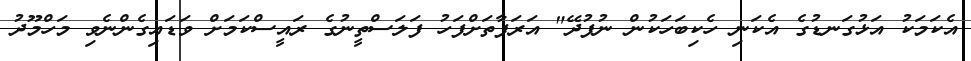
އެކަމަކު އަޅުގަނޑުގެ އެކަނި ހެކިބަހަކުން ނުފުދޭ" އަރަފާތަށްފަހު ފަލަސްތީނުގެ ރައީސްކަމަށް ވަޑައިގެންނެވި މަހްމޫދު